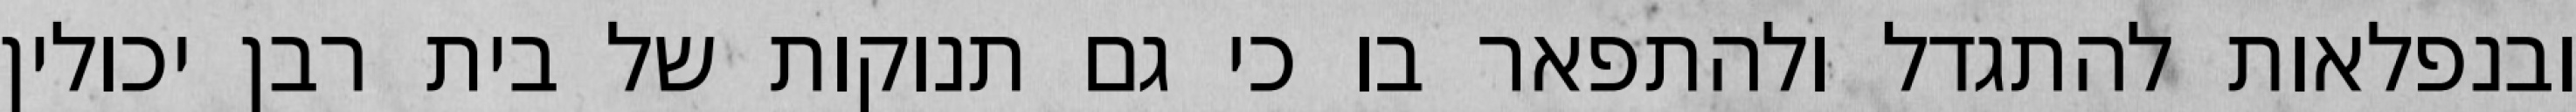
ובנפלאות להתגדל ולהתפאר בו כי גם תנוקות של בית רבן יכולין